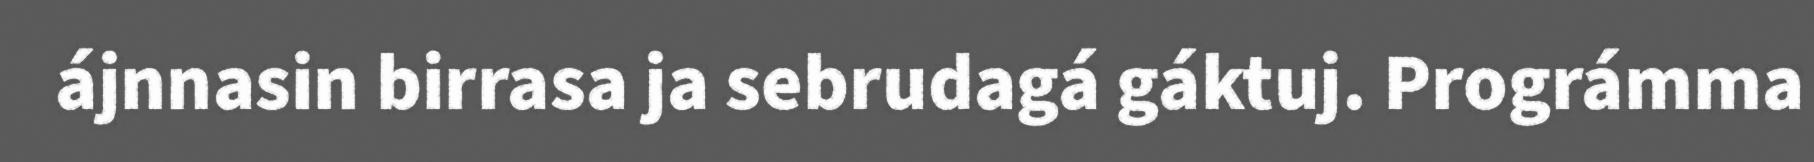
ájnnasin birrasa ja sebrudagá gáktuj. Prográmma